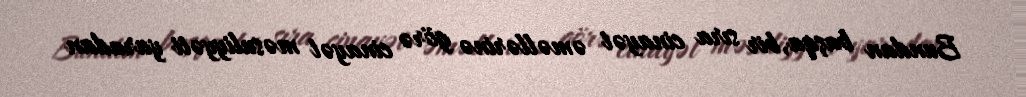
Bundan başqa, bir sıra cinayət əməllərinə görə cinayət məsuliyyəti yaradan